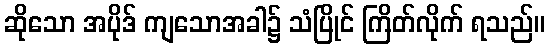
ဆိုသော အပိုဒ် ကျသောအခါ၌ သံပြိုင် ကြိတ်လိုက် ရသည်။